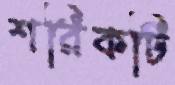
শরিকটি